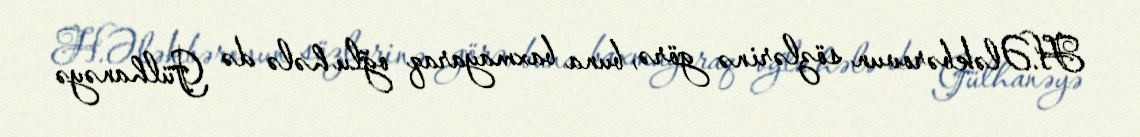
H.Ələkbərovun sözlərinə görə, buna baxmayaraq oğlu hələ də Gülhanəyə